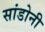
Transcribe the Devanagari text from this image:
सांडोनी